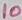
Text: 10